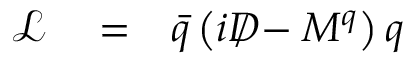
\begin{array} { r l r } { \mathcal { L } } & { { } = } & { \bar { q } \left( i D \! \! \! \! / - M ^ { q } \right) q } \end{array}